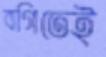
বগিতেই